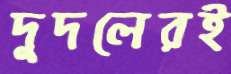
দুদলেরই